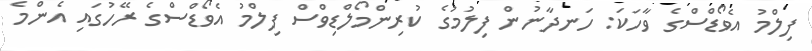
ފިލްމު އެވޯޑްސްގެ ވާހަކަ: ހަނދާނުން ފިލުމުގެ ކުރިންމޯލްޑިވްސް ފިލްމު އެވޯޑްސްގެ ރޭހުގައި އެންމެ